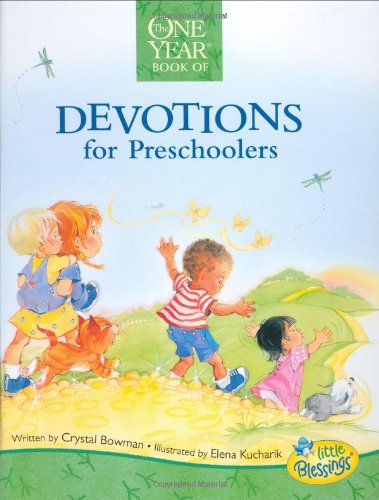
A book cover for The One Year Devotions for Preschoolers (Little Blessings); Crystal Bowman; Christian Books & Bibles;